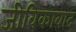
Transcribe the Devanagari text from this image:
जीविकावाद